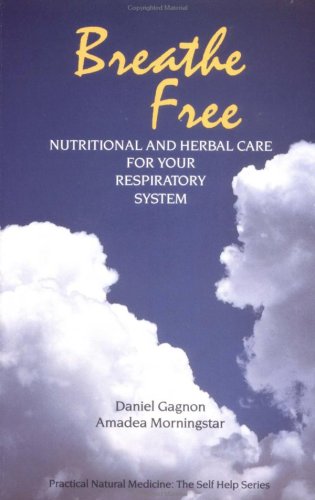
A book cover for Breathe Free: Nutritional and Herbal Care for Your Respiratory System; Daniel Gagnon; Health, Fitness & Dieting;